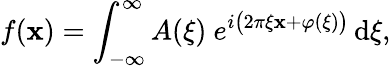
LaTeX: f(\mathbf{x})=\int_{-\infty}^{\infty}A(\xi)\ e^{i{\bigl(}2\pi\xi\mathbf{x}+\varphi(\xi){\bigr)}}\, \mathrm{d}\xi,